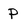
Character: P